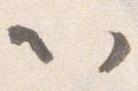
以